Rae_vallavalitsus, lk 10
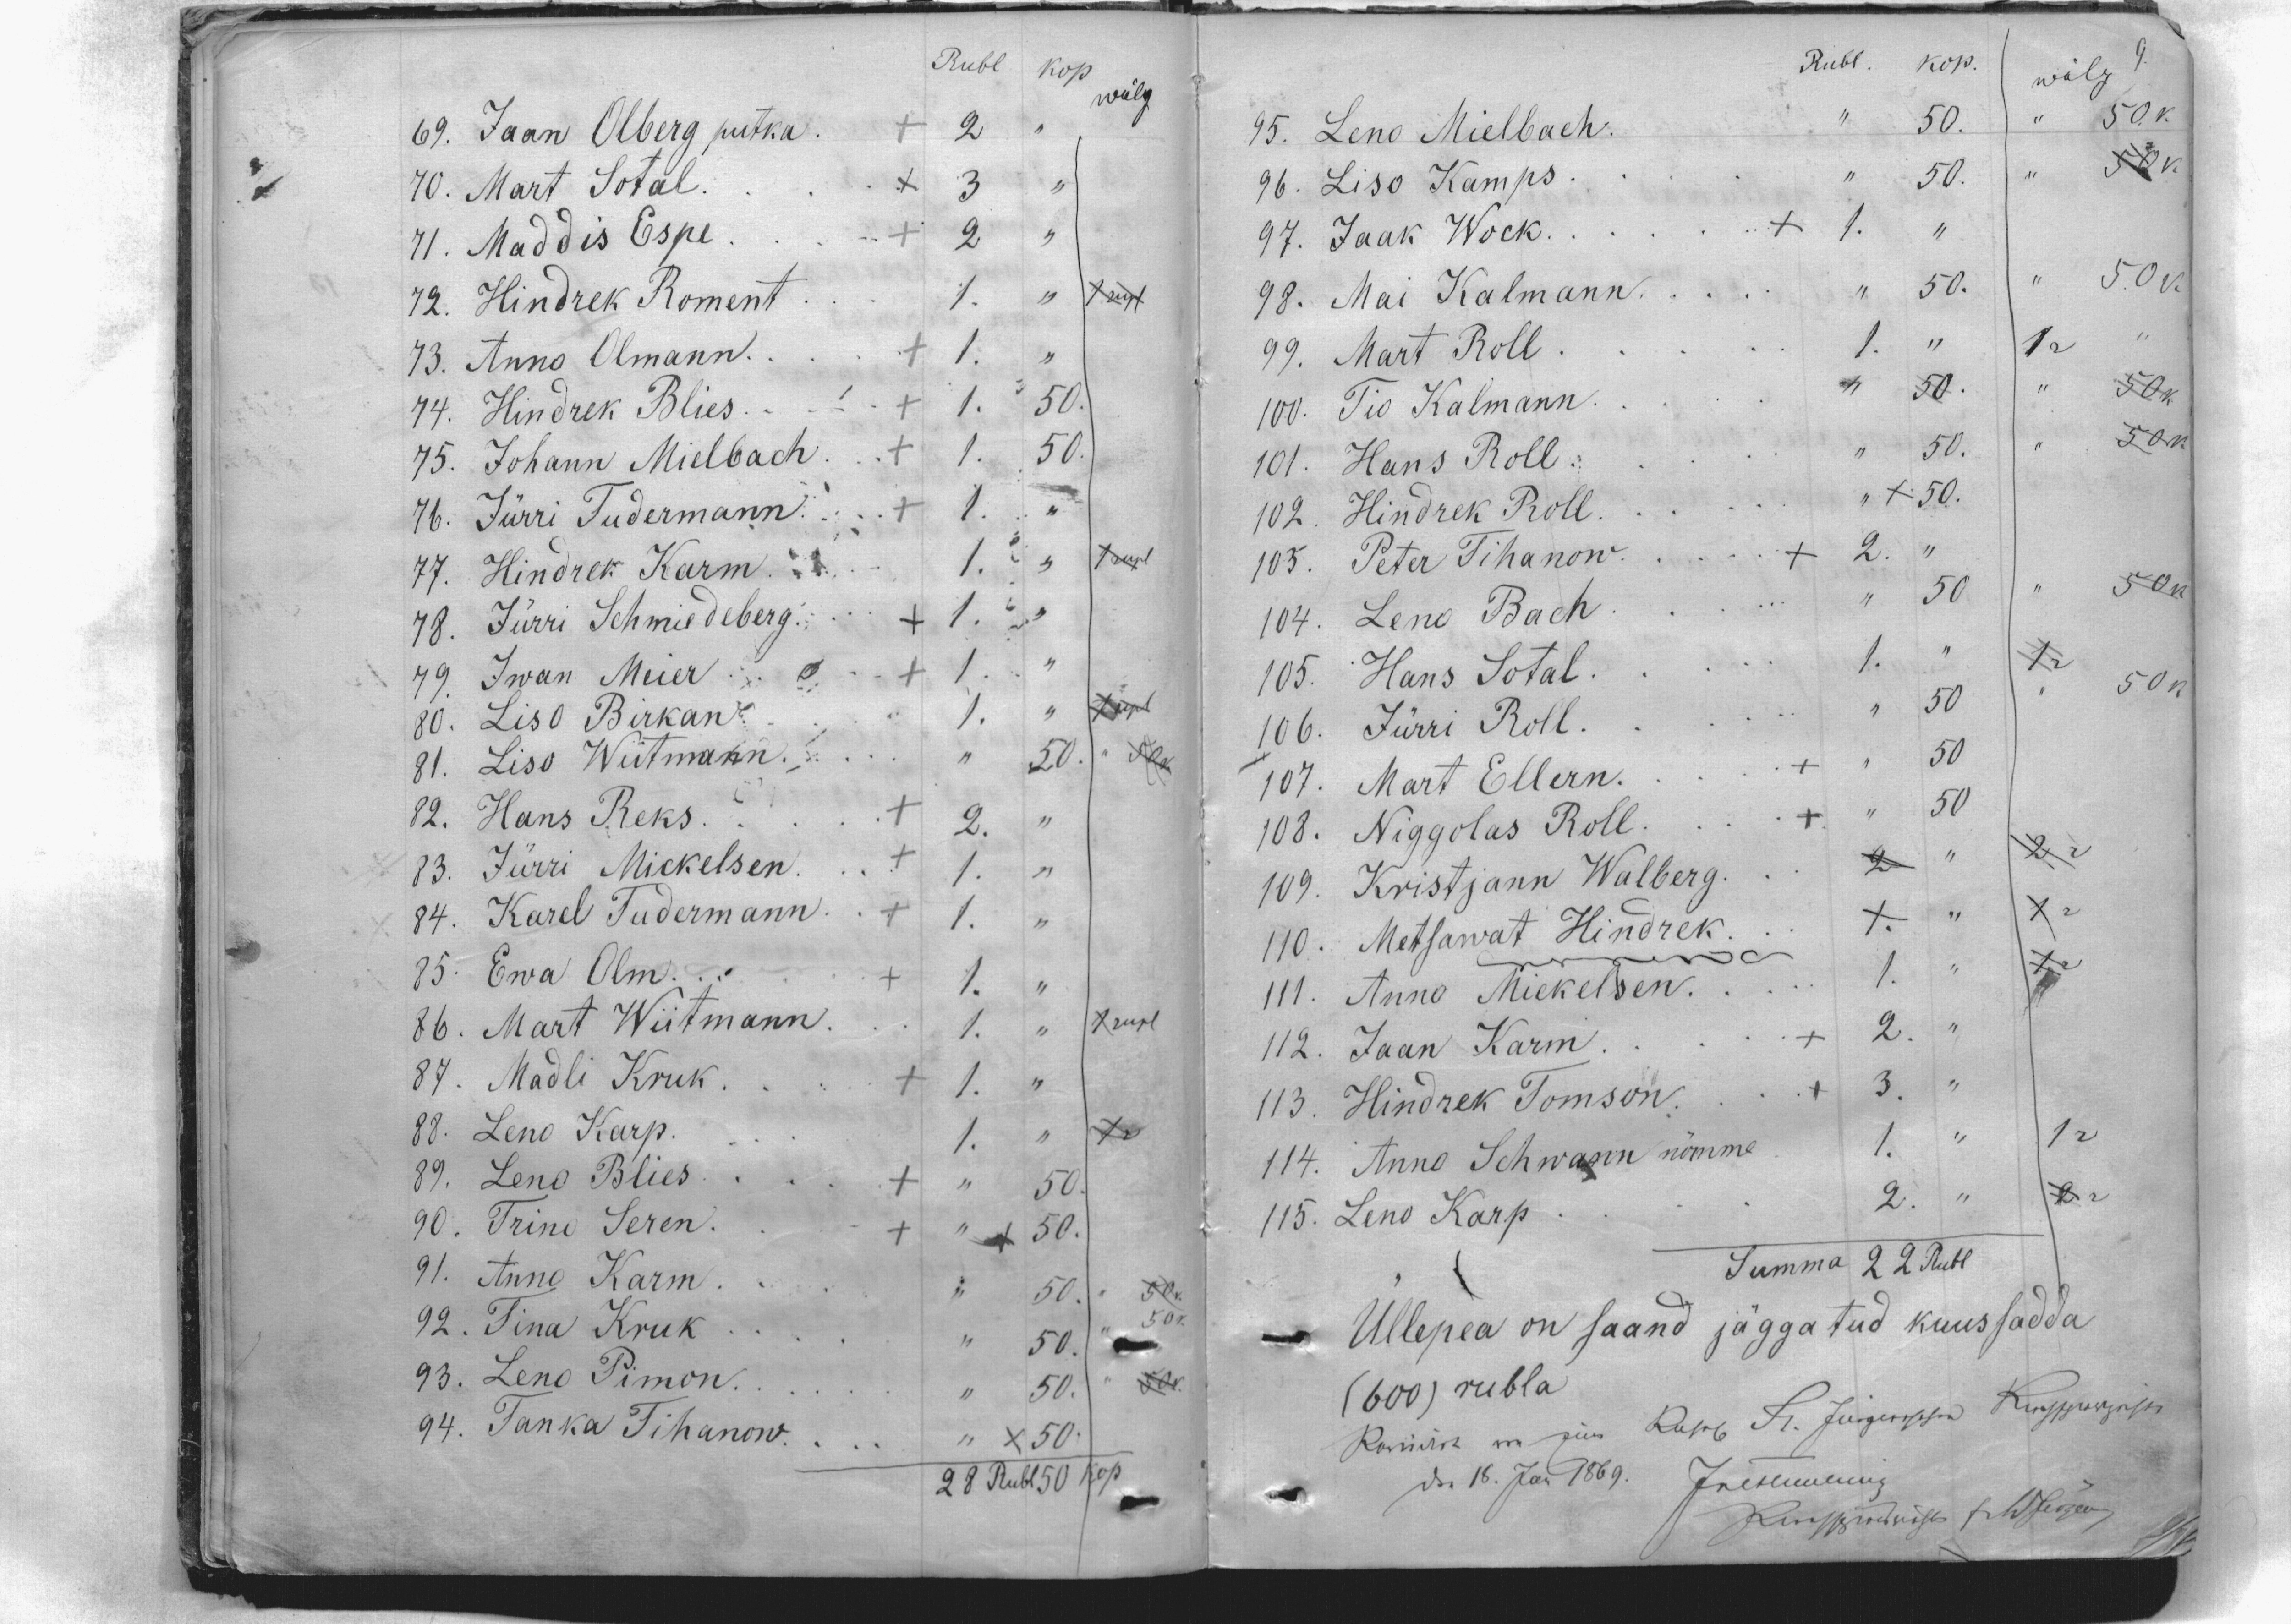
Rubl kop
wõlg
69. Jaan Olberg putka. + 2
70. Mart Sotal.
71. Maddis Espe ... + 2 "
72. Hindrek Roment
73. Anno Olmann ... + 1.
74. Hindrek Blies ... + 1. 50.
75. Johann Mielbach ... + 1. 50.
76. Jürri Tudermann ...  + 1. "
77. Hindrek Karm ... 1. "
78. Jürri Schmiedeberg ... + 1. "
79. Iwan Meier o. + 1.
80. Liso Birkan.
81. Liso Wiitmann.
82. Hans Reks.
83. Jürri Mickelsen.
84. Karel Tudermann.
85. Ewa Olm...
86. Mart Wiitmann.
87. Madli Kruk.
88. Leno Karp.
89. Leno Blies.
90. Trinu Seren.
91. Anno Karm
92. Tina Kruk
93. Leno Pimon.
94. Tanka Tihanow.
28 Rubl 50 kop

Rubl. kop.
wõlg
9.
95. Leno Mielbach.
96. Liso Kamps.
97. Jaak Wock.
98. Mai Kalmann
99. Mart Roll.
100. Tio Kalmann
101. Hans Roll.
102. Hindrek Roll...
103. Peter Tihanow...
104. Leno Bach
105. Hans Sotal. ...
106. Jürri Roll.
107. Mart Ellern.
108. Niggolas Roll.
109. Kristjann Walberg.
110. Metsawat Hindrek.
111. Anno Mickelsen.
112. Jaan Karm.
113. Hindrek Tomson.
114. Anno Schwann nõmme
115. Leno Karp
Summa 22 Rubl
Üllepea on saand jäggatud kuussadda
(600) rubla